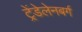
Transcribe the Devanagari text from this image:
ट्रेंडेलेनबर्ग